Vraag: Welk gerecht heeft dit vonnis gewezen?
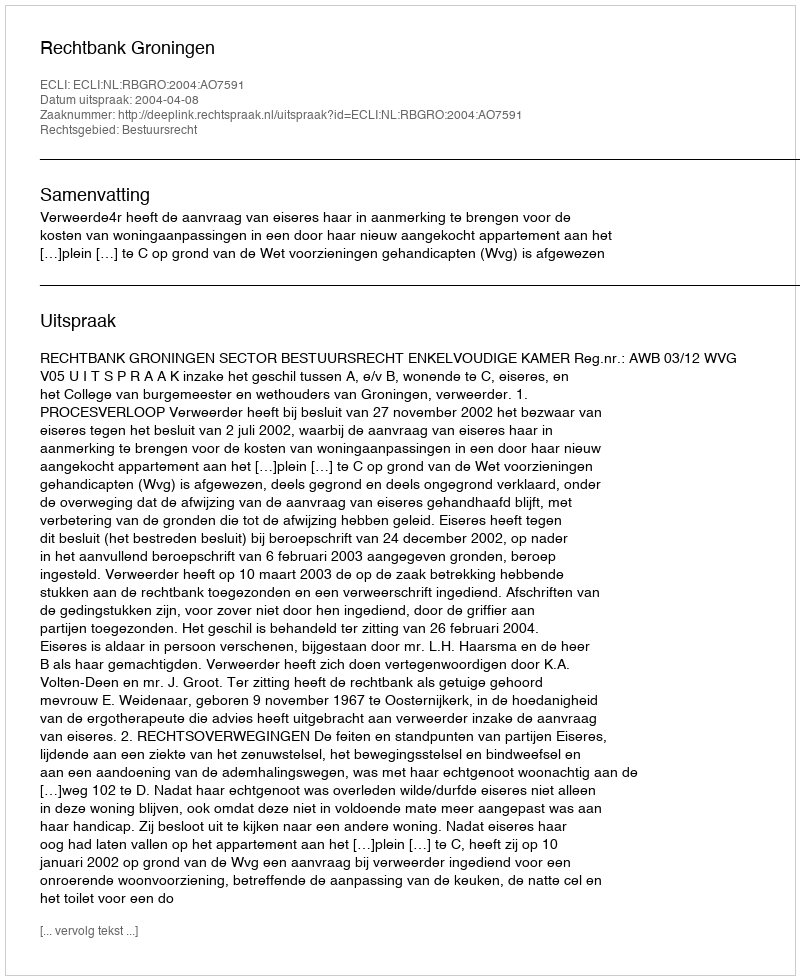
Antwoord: Rechtbank Groningen